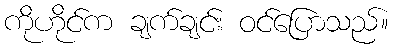
ကိုဟိုင်က ချက်ချင်း ဝင်ပြောသည်။